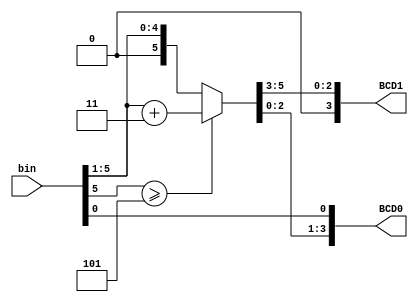
module binary_to_BCD(
    input [5:0] bin,
    output reg [3:0] BCD1, BCD0
);
    integer i;
    reg [6:0] tempBCD;
    
    always @(*) begin
        tempBCD = 7'b0000000;
        for(i=0; i<6; i=i+1) begin
            if(tempBCD[6:4] >= 5) begin
                tempBCD = tempBCD + 7'b0000011;
            end
            tempBCD = tempBCD << 1;
            tempBCD[0] = bin[5-i];
        end
        BCD1 = tempBCD[6:4];
        BCD0 = tempBCD[3:0];
    end
endmodule